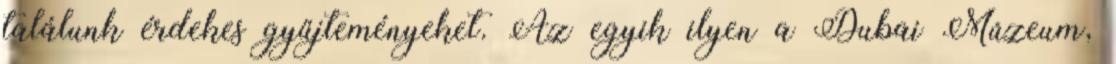
találunk érdekes gyűjteményeket. Az egyik ilyen a Dubai Múzeum,